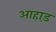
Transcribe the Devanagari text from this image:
आहाड़